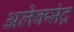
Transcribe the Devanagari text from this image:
अलेक्संद्र